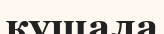
кушала